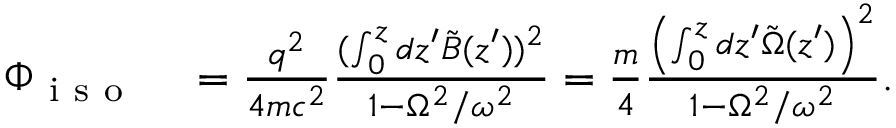
\begin{array} { r l } { \Phi _ { \mathrm { ~ i ~ s ~ o ~ } } } & { { } = \frac { q ^ { 2 } } { 4 m c ^ { 2 } } \frac { ( \int _ { 0 } ^ { z } d z ^ { \prime } \tilde { B } ( z ^ { \prime } ) ) ^ { 2 } } { 1 - \Omega ^ { 2 } / \omega ^ { 2 } } = \frac { m } { 4 } \frac { \left( \int _ { 0 } ^ { z } d z ^ { \prime } \tilde { \Omega } ( z ^ { \prime } ) \right) ^ { 2 } } { 1 - \Omega ^ { 2 } / \omega ^ { 2 } } . } \end{array}